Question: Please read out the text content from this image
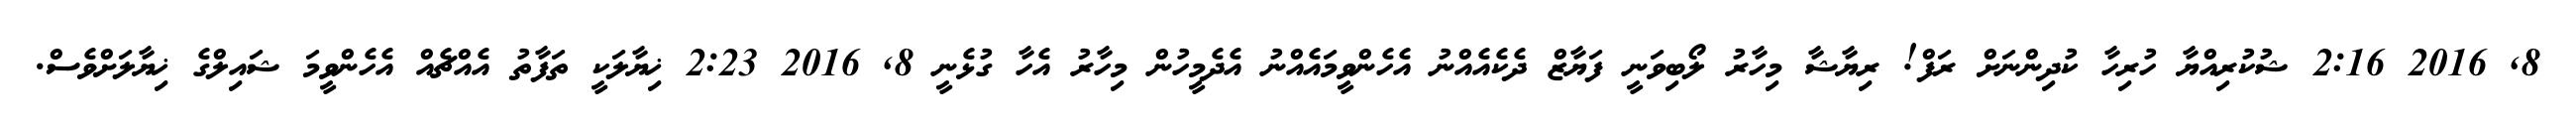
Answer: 8, 2016 2:16 ޝުކުރިއްޔާ ހުރިހާ ކުދިންނަށް ރަފް! ރިޔާޝާ މިހާރު ލޯބިވަނީ ފަޔާޒް ދެކެއެއްނު އެހެންވީމައެއްނު އެދެމީހުން މިހާރު އެހާ ގުޅެނީ 8, 2016 2:23 ޚިޔާލަކީ ތަފާތު އެއްޗެއް އެހެންވީމަ ޝައިލްގެ ޚިޔާލަށްވެސް.